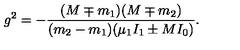
g ^ { 2 } = - \frac { ( M \mp m _ { 1 } ) ( M \mp m _ { 2 } ) } { ( m _ { 2 } - m _ { 1 } ) ( \mu _ { 1 } I _ { 1 } \pm M I _ { 0 } ) } .